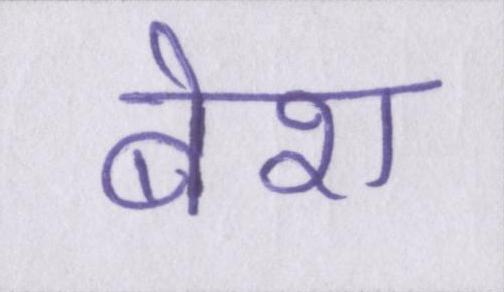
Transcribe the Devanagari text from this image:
बेश